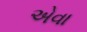
એવા